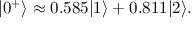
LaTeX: | 0 ^ { + } \rangle \approx 0 . 5 8 5 | 1 \rangle + 0 . 8 1 1 | 2 \rangle .